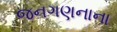
જનગણનાના